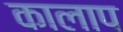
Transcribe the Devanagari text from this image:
कालाप